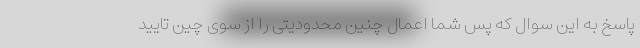
پاسخ به این سوال که پس شما اعمال چنین محدودیتی را از سوی چین تایید